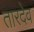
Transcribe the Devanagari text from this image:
तारदेव